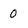
Character: 0